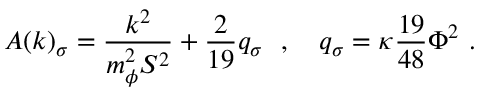
A ( k ) _ { \sigma } = \frac { k ^ { 2 } } { m _ { \phi } ^ { 2 } S ^ { 2 } } + \frac { 2 } { 1 9 } q _ { \sigma } ~ ~ , ~ ~ ~ q _ { \sigma } = \kappa \frac { 1 9 } { 4 8 } \Phi ^ { 2 } ~ .